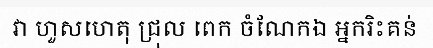
វា ហួសហេតុ ជ្រុល ពេក ចំណែកឯ អ្នករិះគន់